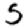
Digit: 5